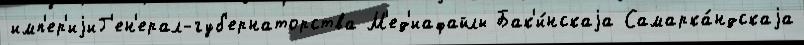
имп'ер'иjиГ'ен'ерал-губ'ернаторства М'ед'иафайлы Бак'и́нскаjа Самарка́ндскаjа